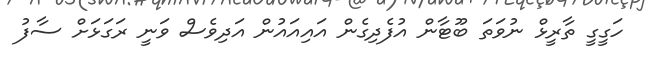
ހަގީގީ ތާރީޅް ނުވަތަ ބޫޓާން އުފެދިގެން އައިއައުން އަދިވެސް ވަނީ ރަގަޅަށް ސާފު